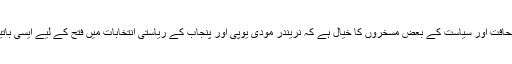
پاکستان کی صحافت اور سیاست کے بعض مسخروں کا خیال ہے کہ نریندر مودی یوپی اور پنجاب کے ریاستی انتخابات میں فتح کے لیے ایسی باتیں کررہے ہیں۔